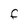
Character: F